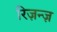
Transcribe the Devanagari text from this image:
रिज़न्ज़